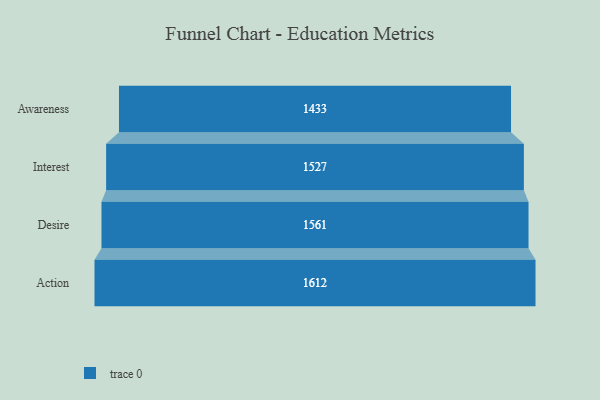
{"axis": {"x": "Stage", "y": "Value"}, "legend": [""], "data": [{"x": "Awareness", "y": 1433.0, "type": ""}, {"x": "Interest", "y": 1527.0, "type": ""}, {"x": "Desire", "y": 1561.0, "type": ""}, {"x": "Action", "y": 1612.0, "type": ""}]}